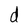
Character: d